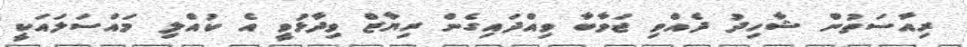
ރިއާސަތުން ޝާހިދު ދެއްވި ޖަވާބާ ވިއްދައިގެން ރިޔާޒް ވިދާޅުވީ އެ ކުއްލި މައްސަލައަކީ